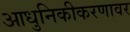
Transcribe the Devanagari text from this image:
आधुनिकीकरणावर